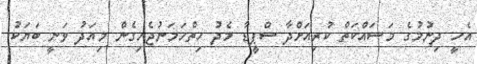
އެހީ ދިނުމުގެ މަސައްކަތް ކުރިއަށްދާ ސްޕީޑާ މެދު ހިތްހަމަނުޖެހިގެން މިއަދު ވަނީ ބަޔަކު